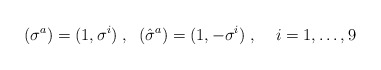
\begin{align*}(\sigma^a)=(1,\sigma^i)\;,\;\;(\hat{\sigma}^a)=(1,-\sigma^i)\;,\;\;\;\; i=1,\ldots,9\end{align*}